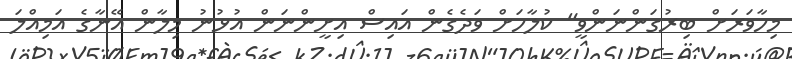
މިހާވަރަށް ބިރުގަންނަންވީ" ކުލާހަށް ވަދެގެން އައިސް އިށީންނަން އުޅުނު މިލާން އޭނާގެ އަމިއްލަ